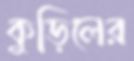
কুড়িলের